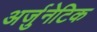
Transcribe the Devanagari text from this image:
अर्जुनेटिक